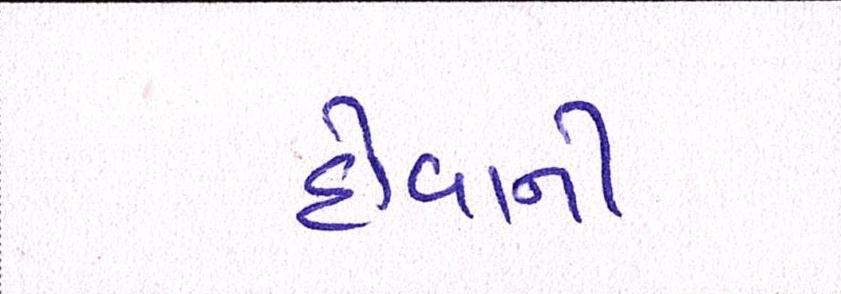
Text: હોવાની